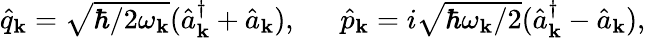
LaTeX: \begin{array}{r}{\hat{q}_{\mathbf k}=\sqrt{\hbar/2\omega_{\mathbf k}}(\hat{a}_{\mathbf k}^{\dagger}+\hat{a}_{\mathbf k}),~~~~~~\hat{p}_{\mathbf k}=i\sqrt{\hbar\omega_{\mathbf k}/2}(\hat{a}_{\mathbf k}^{\dagger}-\hat{a}_{\mathbf k}),}\end{array}